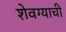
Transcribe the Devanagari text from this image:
शेवग्याची